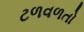
ટળવળતો